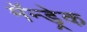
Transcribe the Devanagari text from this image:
मॅन्ड्रेक